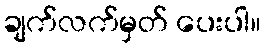
ချက်လက်မှတ် ပေးပါ။